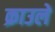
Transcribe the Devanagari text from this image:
क्राउले